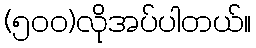
(၅၀၀)လိုအပ်ပါတယ်။